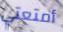
أمتعتي